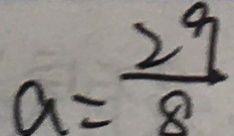
a = \frac { 2 9 } { 8 }